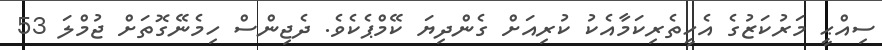
ސިއްޙީ މަރުކަޒުގެ އެހީތެރިކަމާއެކު ކުރިއަށް ގެންދިޔަ ކޭމްޕެކެވެ. ދެޖިންސް ހިމެނޭގޮތަށް ޖުމްލަ 53